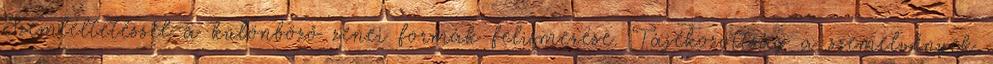
Szemléltetéssel a különböző zenei formák felismerése. Tájékozottság a szemelvények